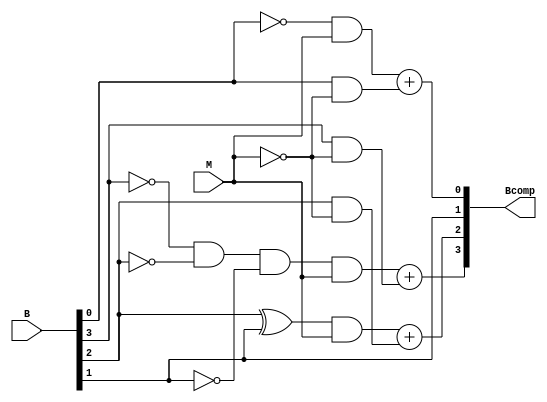
// BCD 9's Complementer

module nines_comp(B,M,Bcomp);
input [3:0] B;
input M;                // M is for Mode Select
output [3:0] Bcomp;
assign Bcomp[3] = (((~B[3]) & (~B[2]) & (~B[1])) & M) + (B[3] & (~M));
assign Bcomp[2] = ((B[2]^B[1]) & M) + (B[2] & (~M));
assign Bcomp[1] = B[1];
assign Bcomp[0] = ((~B[0]) & M) + (B[0] & (~M));
endmodule